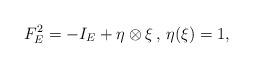
LaTeX: \begin{align*}F^2_E=-I_E+\eta\otimes \xi\,,\,\eta(\xi)=1,\end{align*}